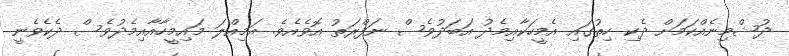
ދުޝްމިނެއްކަމަށް ދެކި ހިތުގައި އެމީހަކާއިމެދު އަބަދުވެސް ނަފްރަތު އޮވެއެވެ. އަމިއްލަ މައިމީހާއާއިމެދުވެސް ދެކެވެނީ